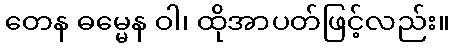
တေန ဓမ္မေန ဝါ၊ ထိုအာပတ်ဖြင့်လည်း။